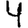
Digit: 4